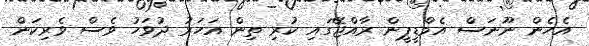
އެހެން ނޫނަސް އެމްޑީޕީން ރާއްޖޭގައި ކުރި ތިން އަހަރު ދުވަހު ވެސް ވެރިކަން